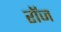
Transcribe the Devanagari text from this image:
रॉज